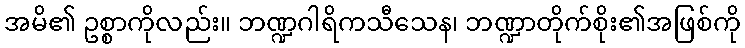
အမိ၏ ဥစ္စာကိုလည်း။ ဘဏ္ဍဂါရိကသီသေန၊ ဘဏ္ဍာတိုက်စိုး၏အဖြစ်ကို